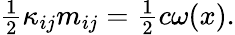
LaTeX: \begin{array}{r}{\frac 12\kappa_{ij}m_{ij}=\frac 12c\omega(x).}\end{array}